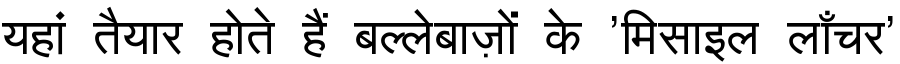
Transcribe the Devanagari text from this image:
यहां तैयार होते हैं बल्लेबाज़ों के 'मिसाइल लाँचर'